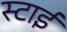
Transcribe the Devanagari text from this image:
स्टाई